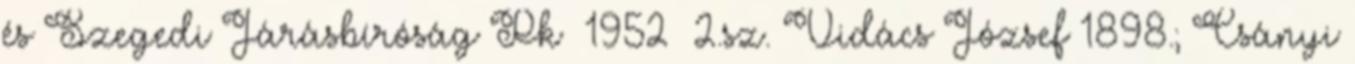
és Szegedi Járásbíróság Pk 1952 2.sz. Vidács József 1898.; Csányi